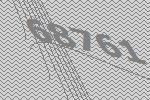
68761